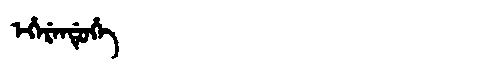
Manchu: ᡝᡥᡝᡵᡝᠨᡩᡠᡥᡝ
Romanization: EHERENDUHE